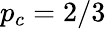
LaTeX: p_{c}=2/3